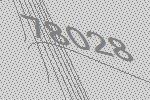
78028